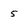
Character: 5